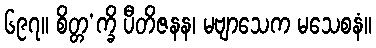
၆၉၇။ စိတ္တ’က္ခိ ပီတိဇနန၊ မဗျာသေက မသေစနံ။